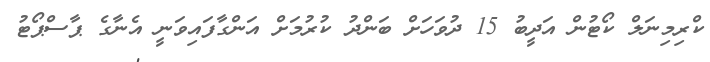
ކްރިމިނަލް ކޯޓުން އަދީބު 15 ދުވަހަށް ބަންދު ކުރުމަށް އަންގާފައިވަނީ އެނާގެ ޕާސްޕޯޓު